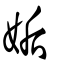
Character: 姤